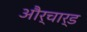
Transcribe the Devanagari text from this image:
और्चार्ड